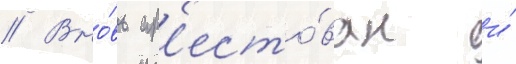
// Вно́вь ар'есто́ван и́